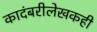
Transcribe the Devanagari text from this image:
कादंबरीलेखकही